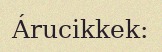
Árucikkek: